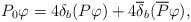
\begin{align*}P_{0}\varphi =4\delta _{b}(P\varphi )+4\overline{\delta }_{b}(\overline{P}\varphi ), \end{align*}